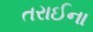
તરાઈના